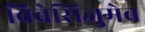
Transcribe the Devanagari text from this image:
बिवेसिजुमेब